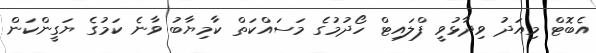
އެބޮޓް މިއަދު ވިދާޅުވީ ފްލައިޓް ހޯދުމުގެ މަސައްކަތް ކާމިޔާބު ވާނެ ކަމުގެ ޔަގީންކަން